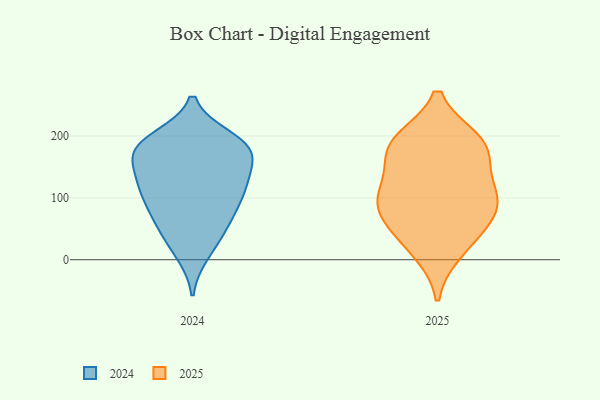
{"axis": {"x": "LTV (USD)", "y": "Value"}, "legend": ["2024", "2025"], "data": [{"x": "", "y": 176, "type": "2024"}, {"x": "", "y": 110, "type": "2024"}, {"x": "", "y": 112, "type": "2024"}, {"x": "", "y": 117, "type": "2024"}, {"x": "", "y": 130, "type": "2024"}, {"x": "", "y": 166, "type": "2024"}, {"x": "", "y": 54, "type": "2024"}, {"x": "", "y": 113, "type": "2024"}, {"x": "", "y": 179, "type": "2024"}, {"x": "", "y": 24, "type": "2024"}, {"x": "", "y": 174, "type": "2024"}, {"x": "", "y": 83, "type": "2024"}, {"x": "", "y": 61, "type": "2024"}, {"x": "", "y": 196, "type": "2024"}, {"x": "", "y": 139, "type": "2024"}, {"x": "", "y": 67, "type": "2024"}, {"x": "", "y": 10, "type": "2024"}, {"x": "", "y": 173, "type": "2024"}, {"x": "", "y": 193, "type": "2024"}, {"x": "", "y": 189, "type": "2024"}, {"x": "", "y": 107, "type": "2025"}, {"x": "", "y": 186, "type": "2025"}, {"x": "", "y": 96, "type": "2025"}, {"x": "", "y": 176, "type": "2025"}, {"x": "", "y": 111, "type": "2025"}, {"x": "", "y": 15, "type": "2025"}, {"x": "", "y": 89, "type": "2025"}, {"x": "", "y": 180, "type": "2025"}, {"x": "", "y": 41, "type": "2025"}, {"x": "", "y": 191, "type": "2025"}, {"x": "", "y": 64, "type": "2025"}]}